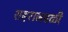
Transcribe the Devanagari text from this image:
शहराजवळी